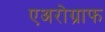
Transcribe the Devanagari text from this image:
एअरोग्राफ